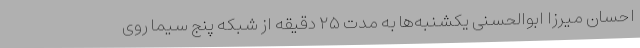
احسان میرزا ابوالحسنی یکشنبه‌ها به مدت ۲۵ دقیقه از شبکه پنج سیما روی